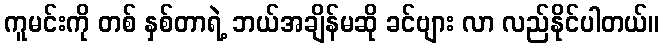
ကူမင်းကို တစ် နှစ်တာရဲ့ ဘယ်အချိန်မဆို ခင်ဗျား လာ လည်နိုင်ပါတယ်။